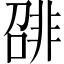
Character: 𬰛